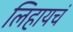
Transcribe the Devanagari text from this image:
लिहायचं